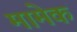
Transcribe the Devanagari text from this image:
मामेकं